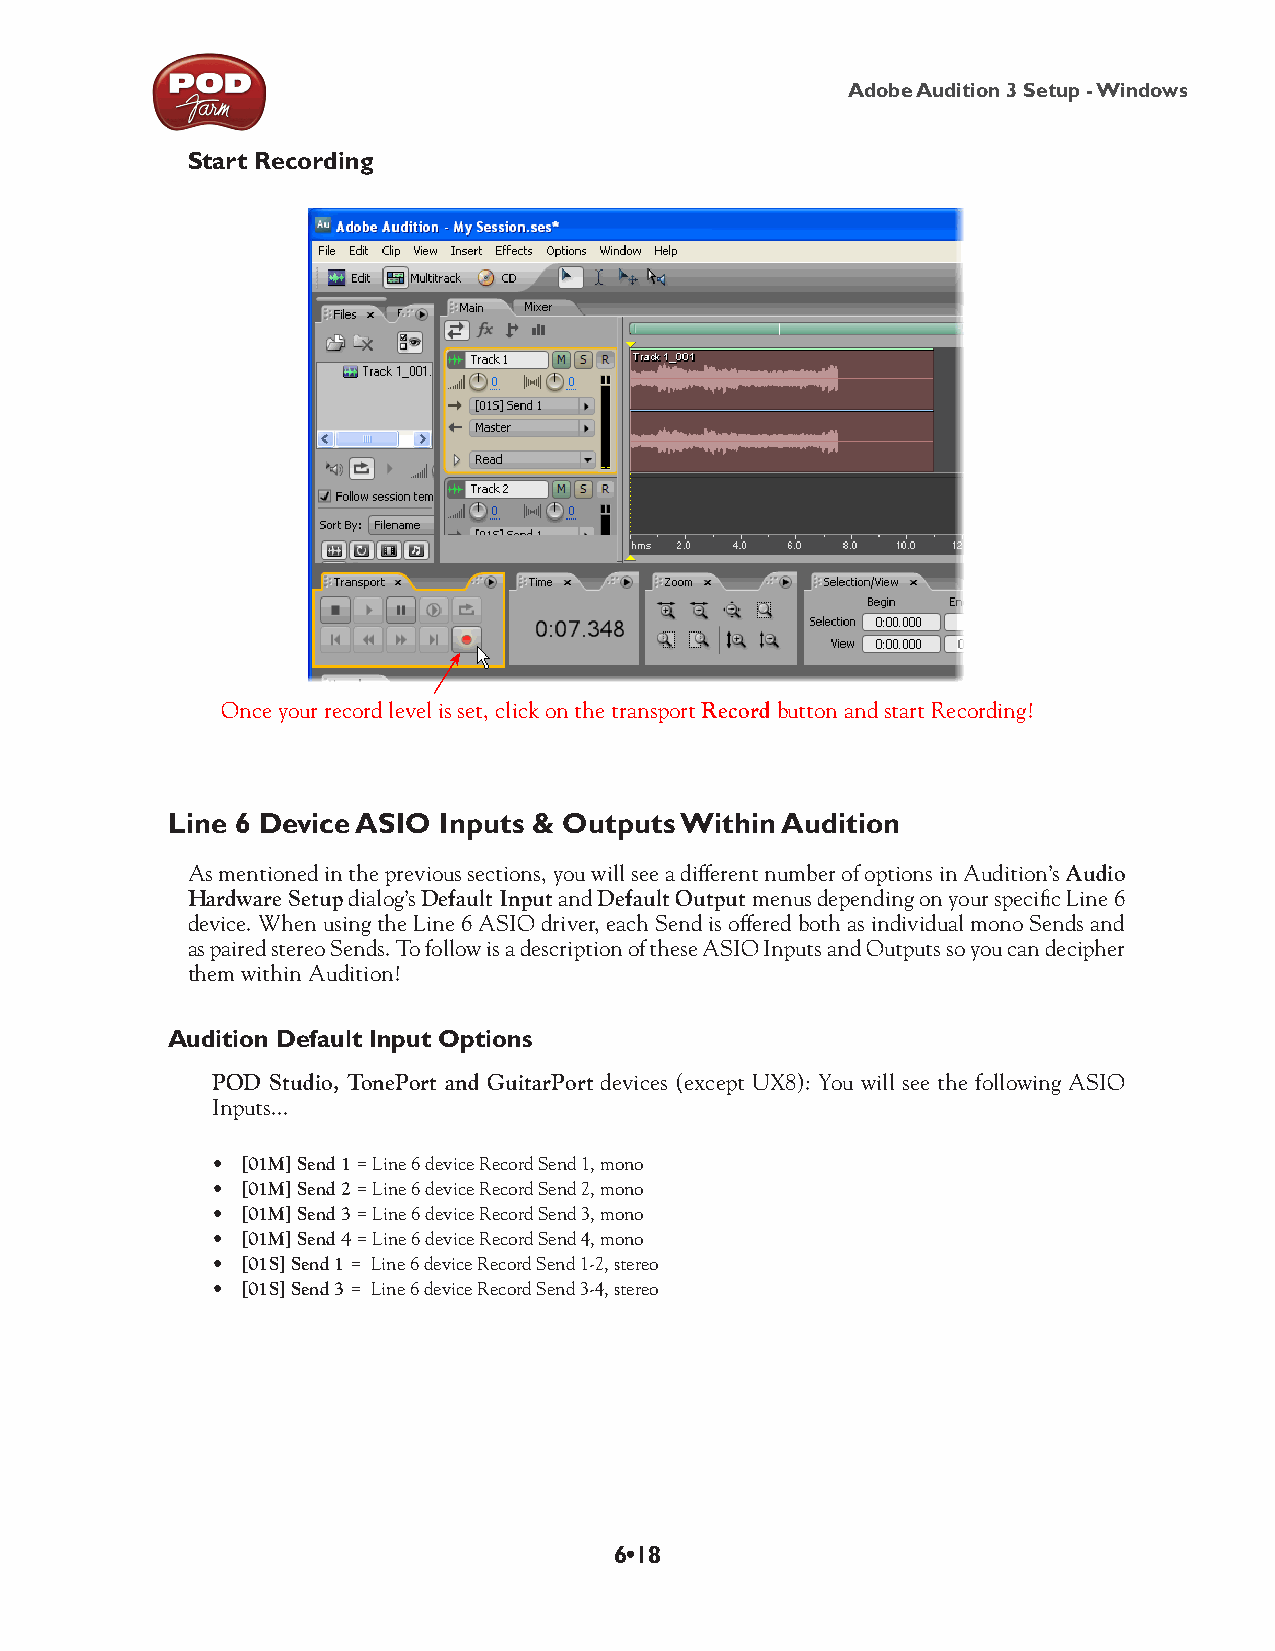
Adobe Audition 3 Setup - Windows
 Start Recording
 Once your record level is set, click on the transport Record button and start Recording!
 Line 6 Device ASIO Inputs & Outputs Within Audition
 As mentioned in the previous sections, you will see a different number of options in Audition’s Audio
 Hardware Setup dialog’s Default Input and Default Output menus depending on your specific Line 6
 device. When using the Line 6 ASIO driver, each Send is offered both as individual mono Sends and
 as paired stereo Sends. To follow is a description of these ASIO Inputs and Outputs so you can decipher
 them within Audition!
 Audition Default Input Options
 POD Studio, TonePort and GuitarPort devices (except UX8): You will see the following ASIO
 Inputs...
 • [01M] Send 1 = Line 6 device Record Send 1, mono
 • [01M] Send 2 = Line 6 device Record Send 2, mono
 • [01M] Send 3 = Line 6 device Record Send 3, mono
 • [01M] Send 4 = Line 6 device Record Send 4, mono
 • [01S] Send 1 = Line 6 device Record Send 1-2, stereo
 • [01S] Send 3 = Line 6 device Record Send 3-4, stereo
 6•18